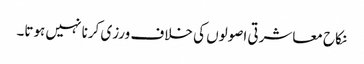
نکاح معاشرتی اصولوں کی خلاف ورزی کرنا نہیں ہوتا۔